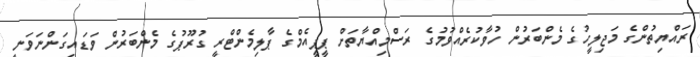
ރައްޔިތުންގެ މަޖިލީހުގެ މެންބަރުން ހުވާކުރެއްވުމުގެ ރަސްމިއްޔާތަށް ޕީޕީއެމްގެ ޕާލިމެންޓްރީ ގުރޫޕުގެ މެންބަރުން ވަޑައިގަންނަވަނީ